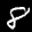
Label: 8